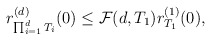
\begin{align*}r^{(d)}_{\prod_{i=1}^dT_i}(0)\leq \mathcal{F}(d,T_1)r^{(1)}_{T_1}(0),\end{align*}